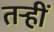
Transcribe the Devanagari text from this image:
तऱ्हीं